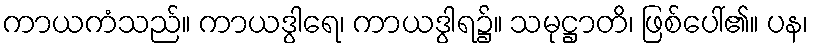
ကာယကံသည်။ ကာယဒွါရေ၊ ကာယဒွါရ၌။ သမုဋ္ဌာတိ၊ ဖြစ်ပေါ်၏။ ပန၊